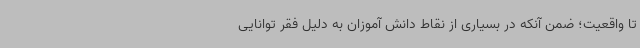
تا واقعیت؛ ضمن آنکه در بسیاری از نقاط دانش آموزان به دلیل فقر توانایی